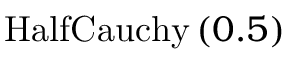
\mathrm { H a l f C a u c h y } \left( 0 . 5 \right)